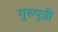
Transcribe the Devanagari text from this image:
गुरुपुत्री